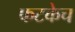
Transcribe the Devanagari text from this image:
फटकेच